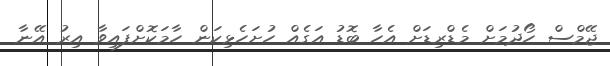
ޖޭމްސް ހޯދުމަށް މެޑްރިޑަށް އެހާ ބޮޑު އަގެއް ހުށަހެޅިކަން ހާމަކޮށްފައިވާ އިރު އޭނާ